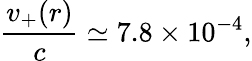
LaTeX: \frac{v_{+}(r)}{c}\simeq 7.8\times 10^{-4},